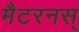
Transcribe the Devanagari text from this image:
मैटरनस्